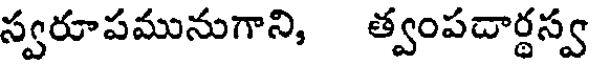
స్వరూపమునుగాని, త్వంపదార్థస్వ